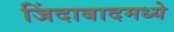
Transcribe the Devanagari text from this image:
जिंदाबादमध्ये